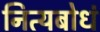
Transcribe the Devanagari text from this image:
नित्यबोधं